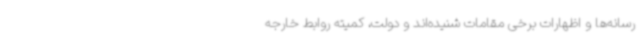
رسانه‌ها و اظهارات برخی مقامات شنیده‌اند و دولت، کمیته روابط خارجه